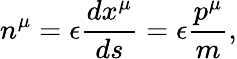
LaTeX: n^{\mu}=\epsilon\frac{dx^{\mu}}{ds}=\epsilon\frac{p^{\mu}}m,